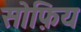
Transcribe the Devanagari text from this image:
सोफ़िय